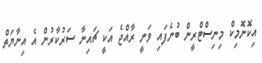
އިކޮނޮމިކް މިނިސްޓްރީން ބުނެފައި ވަނީ ރާއްޖެ އަކީ ޗައިނާ ސަރުކާރުން އެ އިނާޔަތް